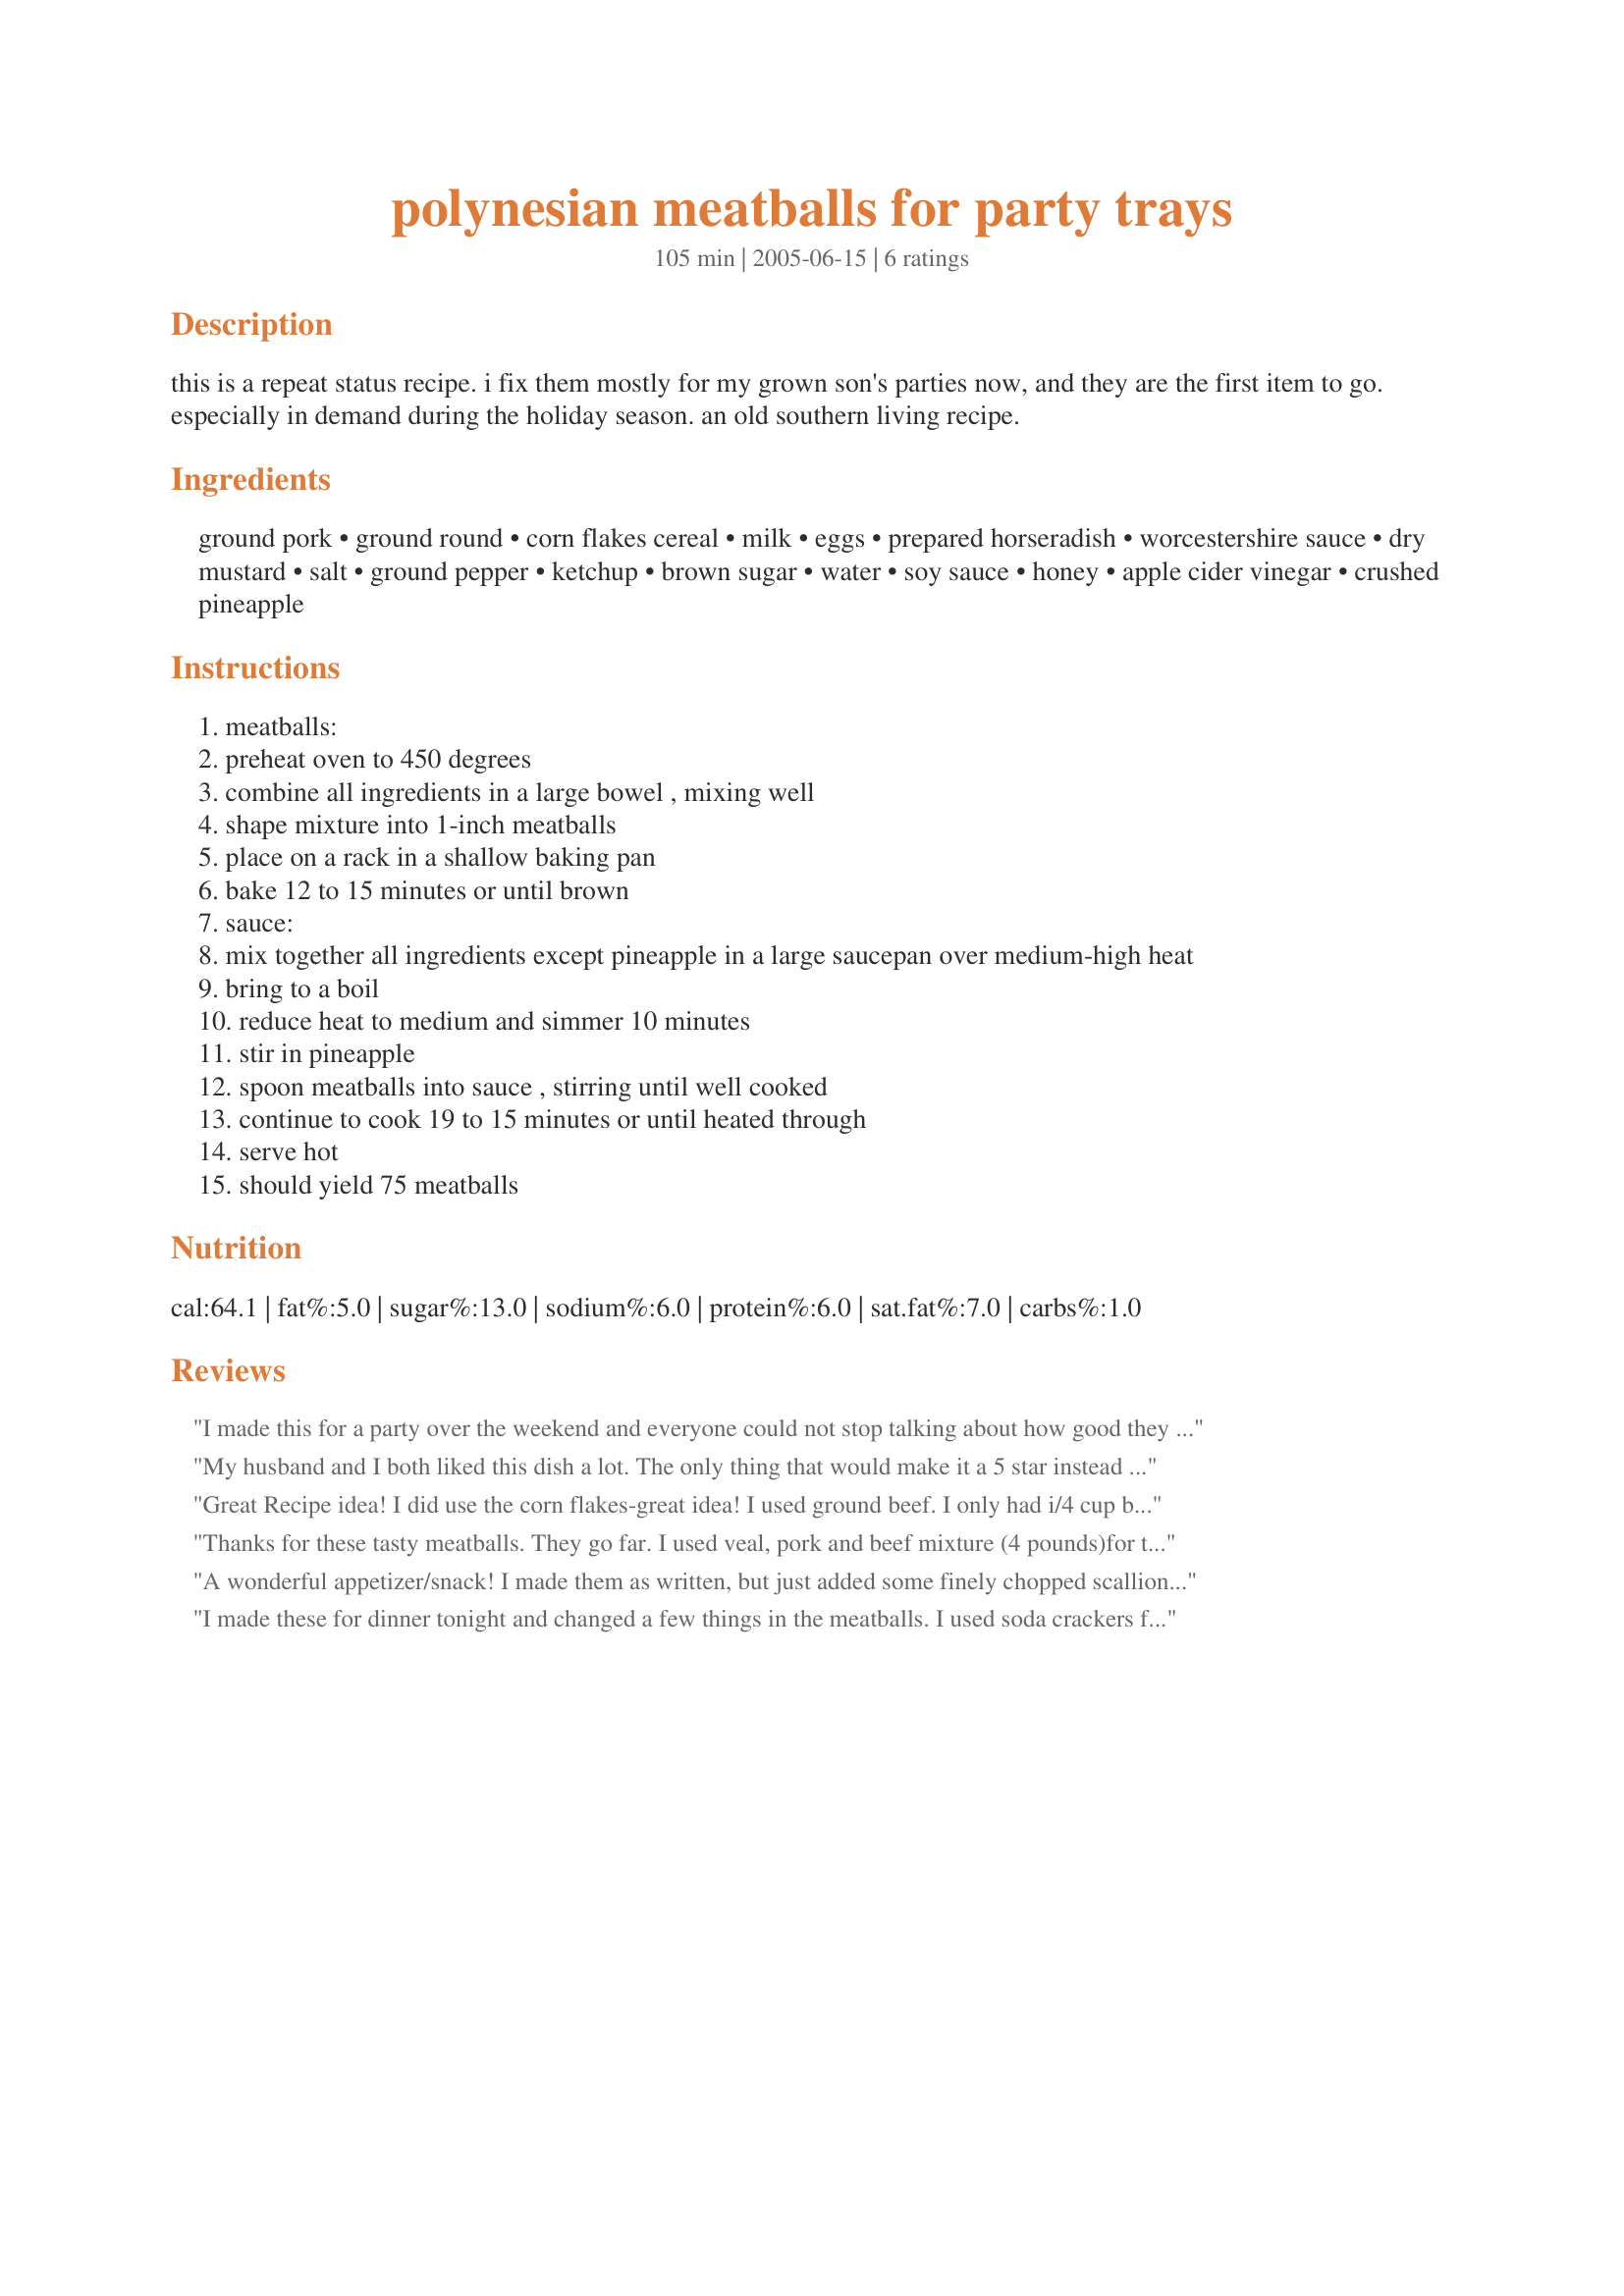
polynesian meatballs for party trays
Preparation time: 105 minutes

this is a repeat status recipe. i fix them mostly for my grown son's parties now, and they are the first item to go. especially in demand during the holiday season. an old southern living recipe.

Ingredients:
ground pork, ground round, corn flakes cereal, milk, eggs, prepared horseradish, worcestershire sauce, dry mustard, salt, ground pepper, ketchup, brown sugar, water, soy sauce, honey, apple cider vinegar, crushed pineapple

Steps:
meatballs:
preheat oven to 450 degrees
combine all ingredients in a large bowel , mixing well
shape mixture into 1-inch meatballs
place on a rack in a shallow baking pan
bake 12 to 15 minutes or until brown
sauce:
mix together all ingredients except pineapple in a large saucepan over medium-high heat
bring to a boil
reduce heat to medium and simmer 10 minutes
stir in pineapple
spoon meatballs into sauce , stirring until well cooked
continue to cook 19 to 15 minutes or until heated through
serve hot
should yield 75 meatballs

Reviews:
I made this for a party over the weekend and everyone could not stop talking about how good they were. I was a cooking champ thanks to this recipe.

TY

P.S. The other reviews were some good ideas too, i might try them next time with scallions or make them spicier.
My husband and I both liked this dish a lot. The only thing that would make it a 5 star instead of 4 was that it was a bit too sweet for our taste, and we even left out the canned pineapple which is usually sweetened. Next time I will cut the amount of honey in 1/2 and maybe put less sugar, and add something spicy in. But overall, it was easy and yummy. We served it with rice for a main dish.
Great Recipe idea! I did use the corn flakes-great idea! I used ground beef. I only had i/4 cup brown sugar and it was okay I 1 1/2 X the recipe and added 4 ribs of thinly sliced celery and 1/2 onion slices and a sliced green pepper (julienned) and 1/2 red pepper done the same I also used 2 cans cubed pineapple with the juice. These additional ingredients made it more of a meal than a "appy"
served it over fluffly white rice...
nice exotic switch for a thursday night staring at a bunch of ground meat ready to expire, and sooooooo sick of hamburgers and meatloaf! ALTHOUGH the cornflakes are going to be my next experiment on meatloaf night! Happy KOOKIN!!!!"--- Dawn
Thanks for these tasty meatballs. They go far. I used veal, pork and beef mixture (4 pounds)for these meatballs. Using my Recipe #461723 Mock pineapple, using oatmeal for the cornflakes. Skipped the honey and cut back on the sugar. Added 1 diced red bell pepper.
A wonderful appetizer/snack! I made them as written, but just added some finely chopped scallions to the meatball mixture. These were a hit with everyone. I will certainly make these again. Thank you!
I made these for dinner tonight and changed a few things in the meatballs. I used soda crackers for the corn flakes and evaporated milk instead of regular. The meatballs were great even by themselves. The sauce I followed the directions and we thought it was a little too sweet. Next time we will omit the honey and use less brown sugar. Other than that, we enjoyed the dish. I served them with yellow rice for a main dish. 
Thanks for the recipe.
